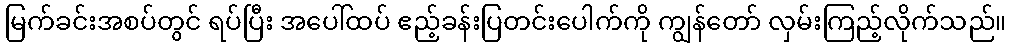
မြက်ခင်းအစပ်တွင် ရပ်ပြီး အပေါ်ထပ် ဧည့်ခန်းပြတင်းပေါက်ကို ကျွန်တော် လှမ်းကြည့်လိုက်သည်။